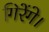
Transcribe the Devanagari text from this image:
गिरेंगे।